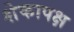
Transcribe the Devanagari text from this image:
शेकापक्ष